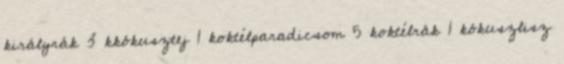
királyrák 3 kkókusztej 1 koktélparadicsom 5 koktélrák 1 kókuszlisz